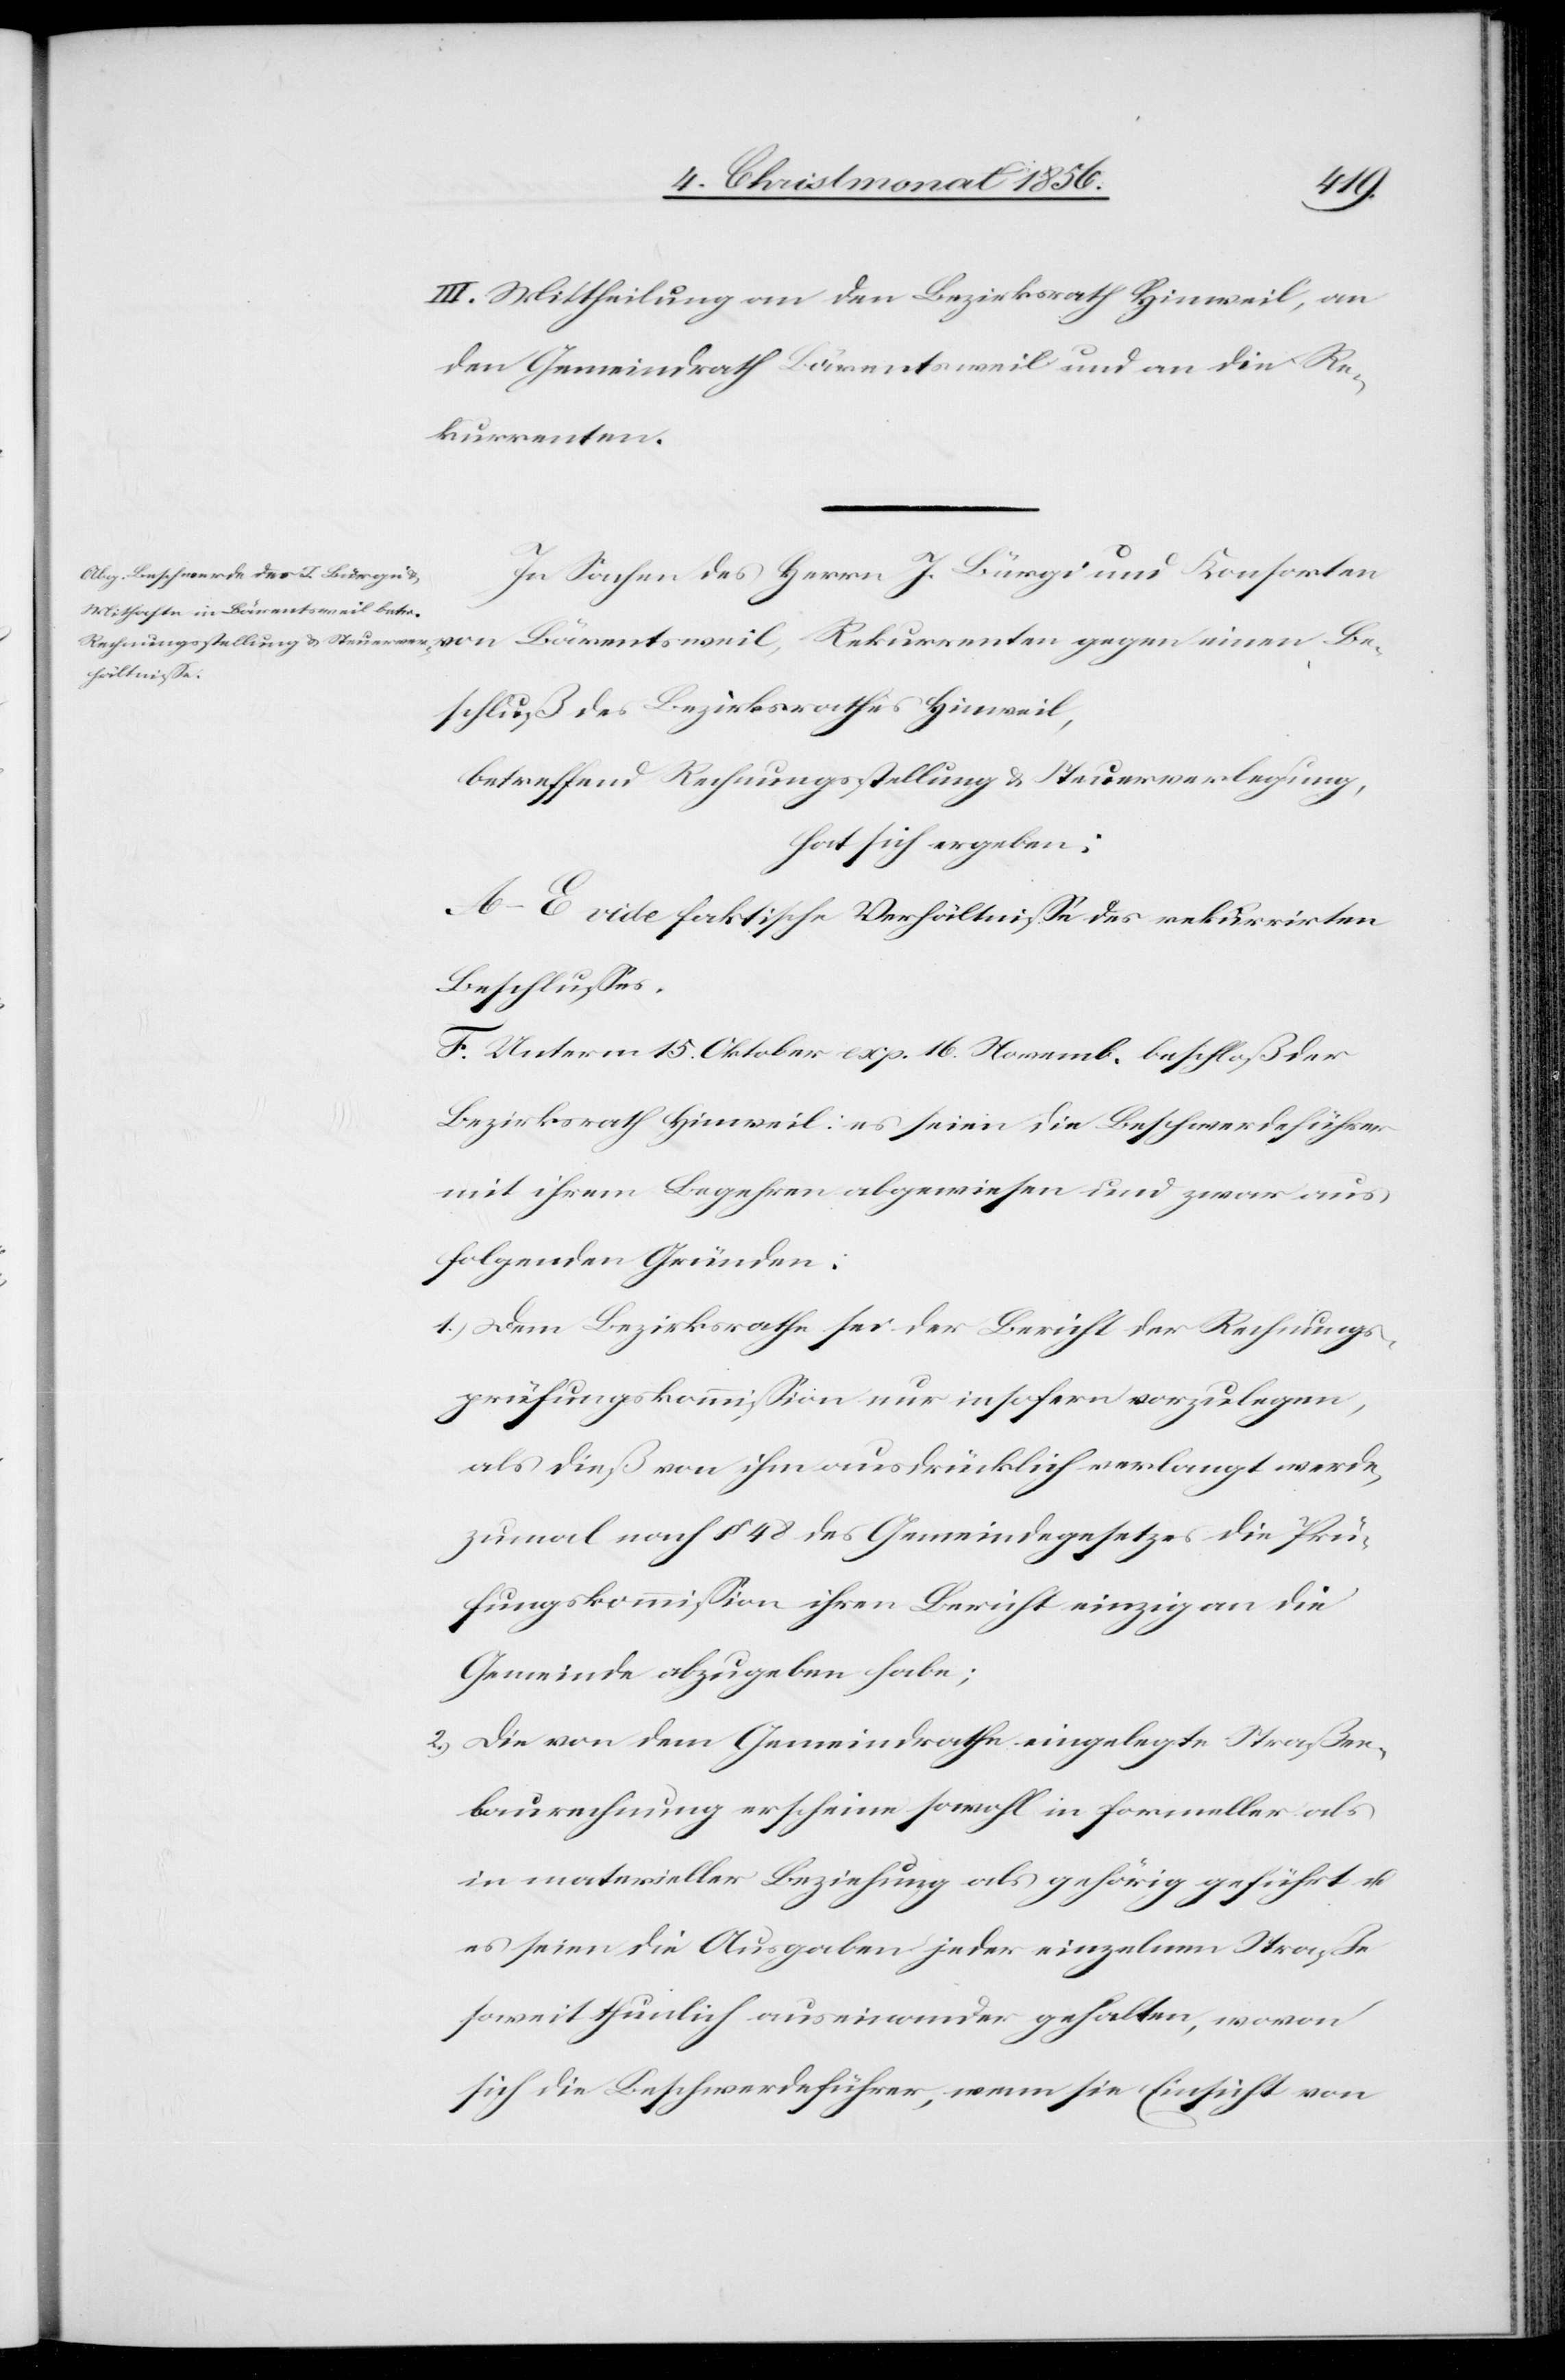
III. Mittheilung an den Bezirksrath Hinweil, an
den Gemeindrath Bärentsweil und an die Re¬
kurrenten.
In Sachen des Herrn J. Bürgi und Konsorten
von Bärentsweil, Rekurrenten gegen einen Be¬
schluß des Bezirksrathes Hinweil,
betreffend Rechnungsstellung & Steuerverlegung,
hat sich ergeben:
A.–E. vide faktische Verhältnisse des rekurrirten
Beschlusses.
F. Unterm 15. Oktober exp. 16. Novemb. beschloß der
Bezirksrath Hinweil: es seien die Beschwerdeführer
mit ihrem Begehren abgewiesen und zwar aus
folgenden Gründen:
1.) Dem Bezirksrathe sei der Bericht der Rechnungs¬
prüfungskommission nur insofern vorzulegen,
als dieß von ihm ausdrücklich verlangt werde,
zumal nach § 48 des Gemeindegesetzes die Prü¬
fungskommission ihren Bericht einzig an die
Gemeinde abzugeben habe;
2.) Die von dem Gemeindrathe eingelegte Straßen¬
baurechnung erscheine sowohl in formeller als
in materieller Beziehung als gehörig geführt u.
es seien die Ausgaben jeder einzelnen Straße
soweit thunlich auseinander gehalten, wovon
sich die Beschwerdeführer, wenn sie Einsicht von